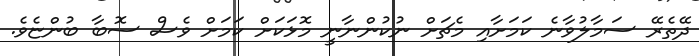
ދޭތެރޭ ސަމާލުވާނެ ކަމަށާއި މެޗަށް ނުކުންނާނީ މޮޅަކަށް ކަމަށް ވެސް ސޮބާ ބުންޏެވެ.